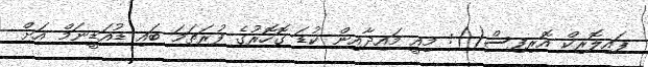
ޕައިލޮރިކް އޮރިފިސް(): މިއީ މައިދާއިން ކުޑަ ގޮހޮރުގެ ފުރަތަމަ ބައި ޑުއަޑީނަމް އަށް